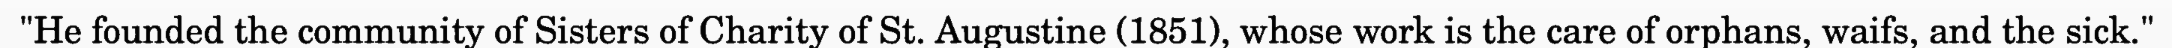
"He founded the community of Sisters of Charity of St. Augustine (1851), whose work is the care of orphans, waifs, and the sick."